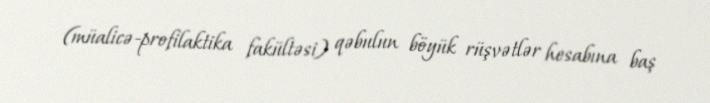
(müalicə-profilaktika fakültəsi) qəbulun böyük rüşvətlər hesabına baş